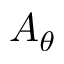
A _ { \theta }